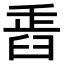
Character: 𦥲